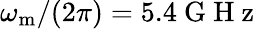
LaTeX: \omega_{\mathrm{m}}/(2\pi)=5.4\mathrm{~G~H~z~}